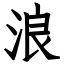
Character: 浪